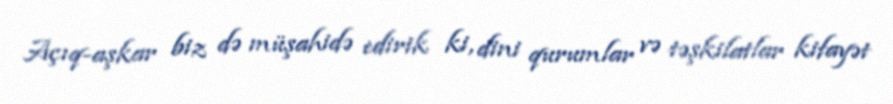
Açıq-aşkar biz də müşahidə edirik ki, dini qurumlar və təşkilatlar kifayət